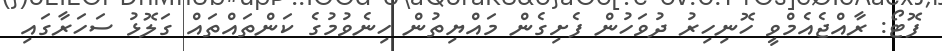
ފޮޓޯ: ރާއްޖެއެމްވީ ހޮނިހިރު ދުވަހުން ފެށިގެން މައްޔިތުން ހިނެވުމުގެ ކަންތައްތައް ގަލޮޅު ސަހަރާގައި